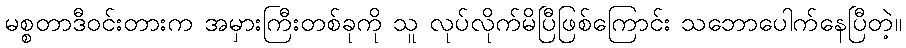
မစ္စတာဒီဝင်းတားက အမှားကြီးတစ်ခုကို သူ လုပ်လိုက်မိပြီဖြစ်ကြောင်း သဘောပေါက်နေပြီတဲ့။